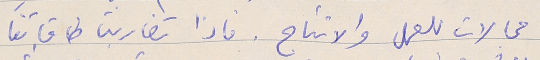
مجالات للعمل والانتاج. فاذا تضاربت طاقاتنا